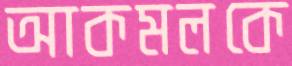
আকমলকে